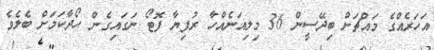
އަހަރެއްގެ މައްޗަށް ބިދޭސީން 36 މިލިއަނެއްހާ ރުފިޔާ ފޮޓޯ ނަގައިގެން ހޯދާކަމަށް ބެލެވެ